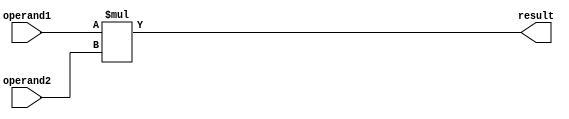
module signed_multiplier (
    input signed [7:0] operand1,
    input signed [7:0] operand2,
    output signed [15:0] result
);

reg signed [15:0] intermediate_result;

always @(*) begin
    intermediate_result = operand1 * operand2;
end

// Check for sign extension
assign result = intermediate_result;

endmodule